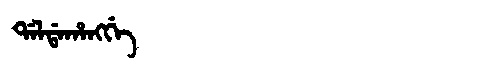
Manchu: ᡩᠠᠯᡩᠠᡥᠠᠩᡤᡝ
Romanization: DALDAHANGGE